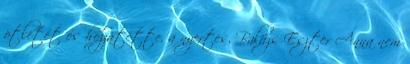
ötletét és hozzátette, a nyertes, Balázs Eszter Anna nem